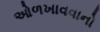
ઓળખાવવાનો